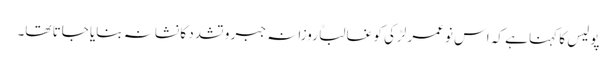
پولیس کا کہنا ہے کہ اس نوعمر لڑکی کو غالباً روزانہ جبر و تشدد کا نشانہ بنایا جاتا تھا۔